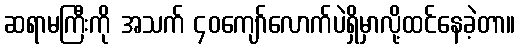
ဆရာမကြီးကို အသက် ၄၀ကျော်လောက်ပဲရှိမှာလို့ထင်နေခဲ့တာ။